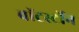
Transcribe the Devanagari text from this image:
वाॅटर्स्टोन